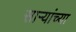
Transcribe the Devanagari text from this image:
सार्‍यांच्या